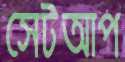
সেটআপ